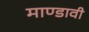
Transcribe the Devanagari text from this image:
माण्डावी